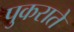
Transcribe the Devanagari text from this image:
पुकराते